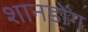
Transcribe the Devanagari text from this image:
शानडोंग